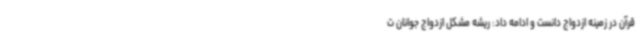
قرآن در زمینه ازدواج دانست و ادامه داد: ریشه مشکل ازدواج جوانان ت